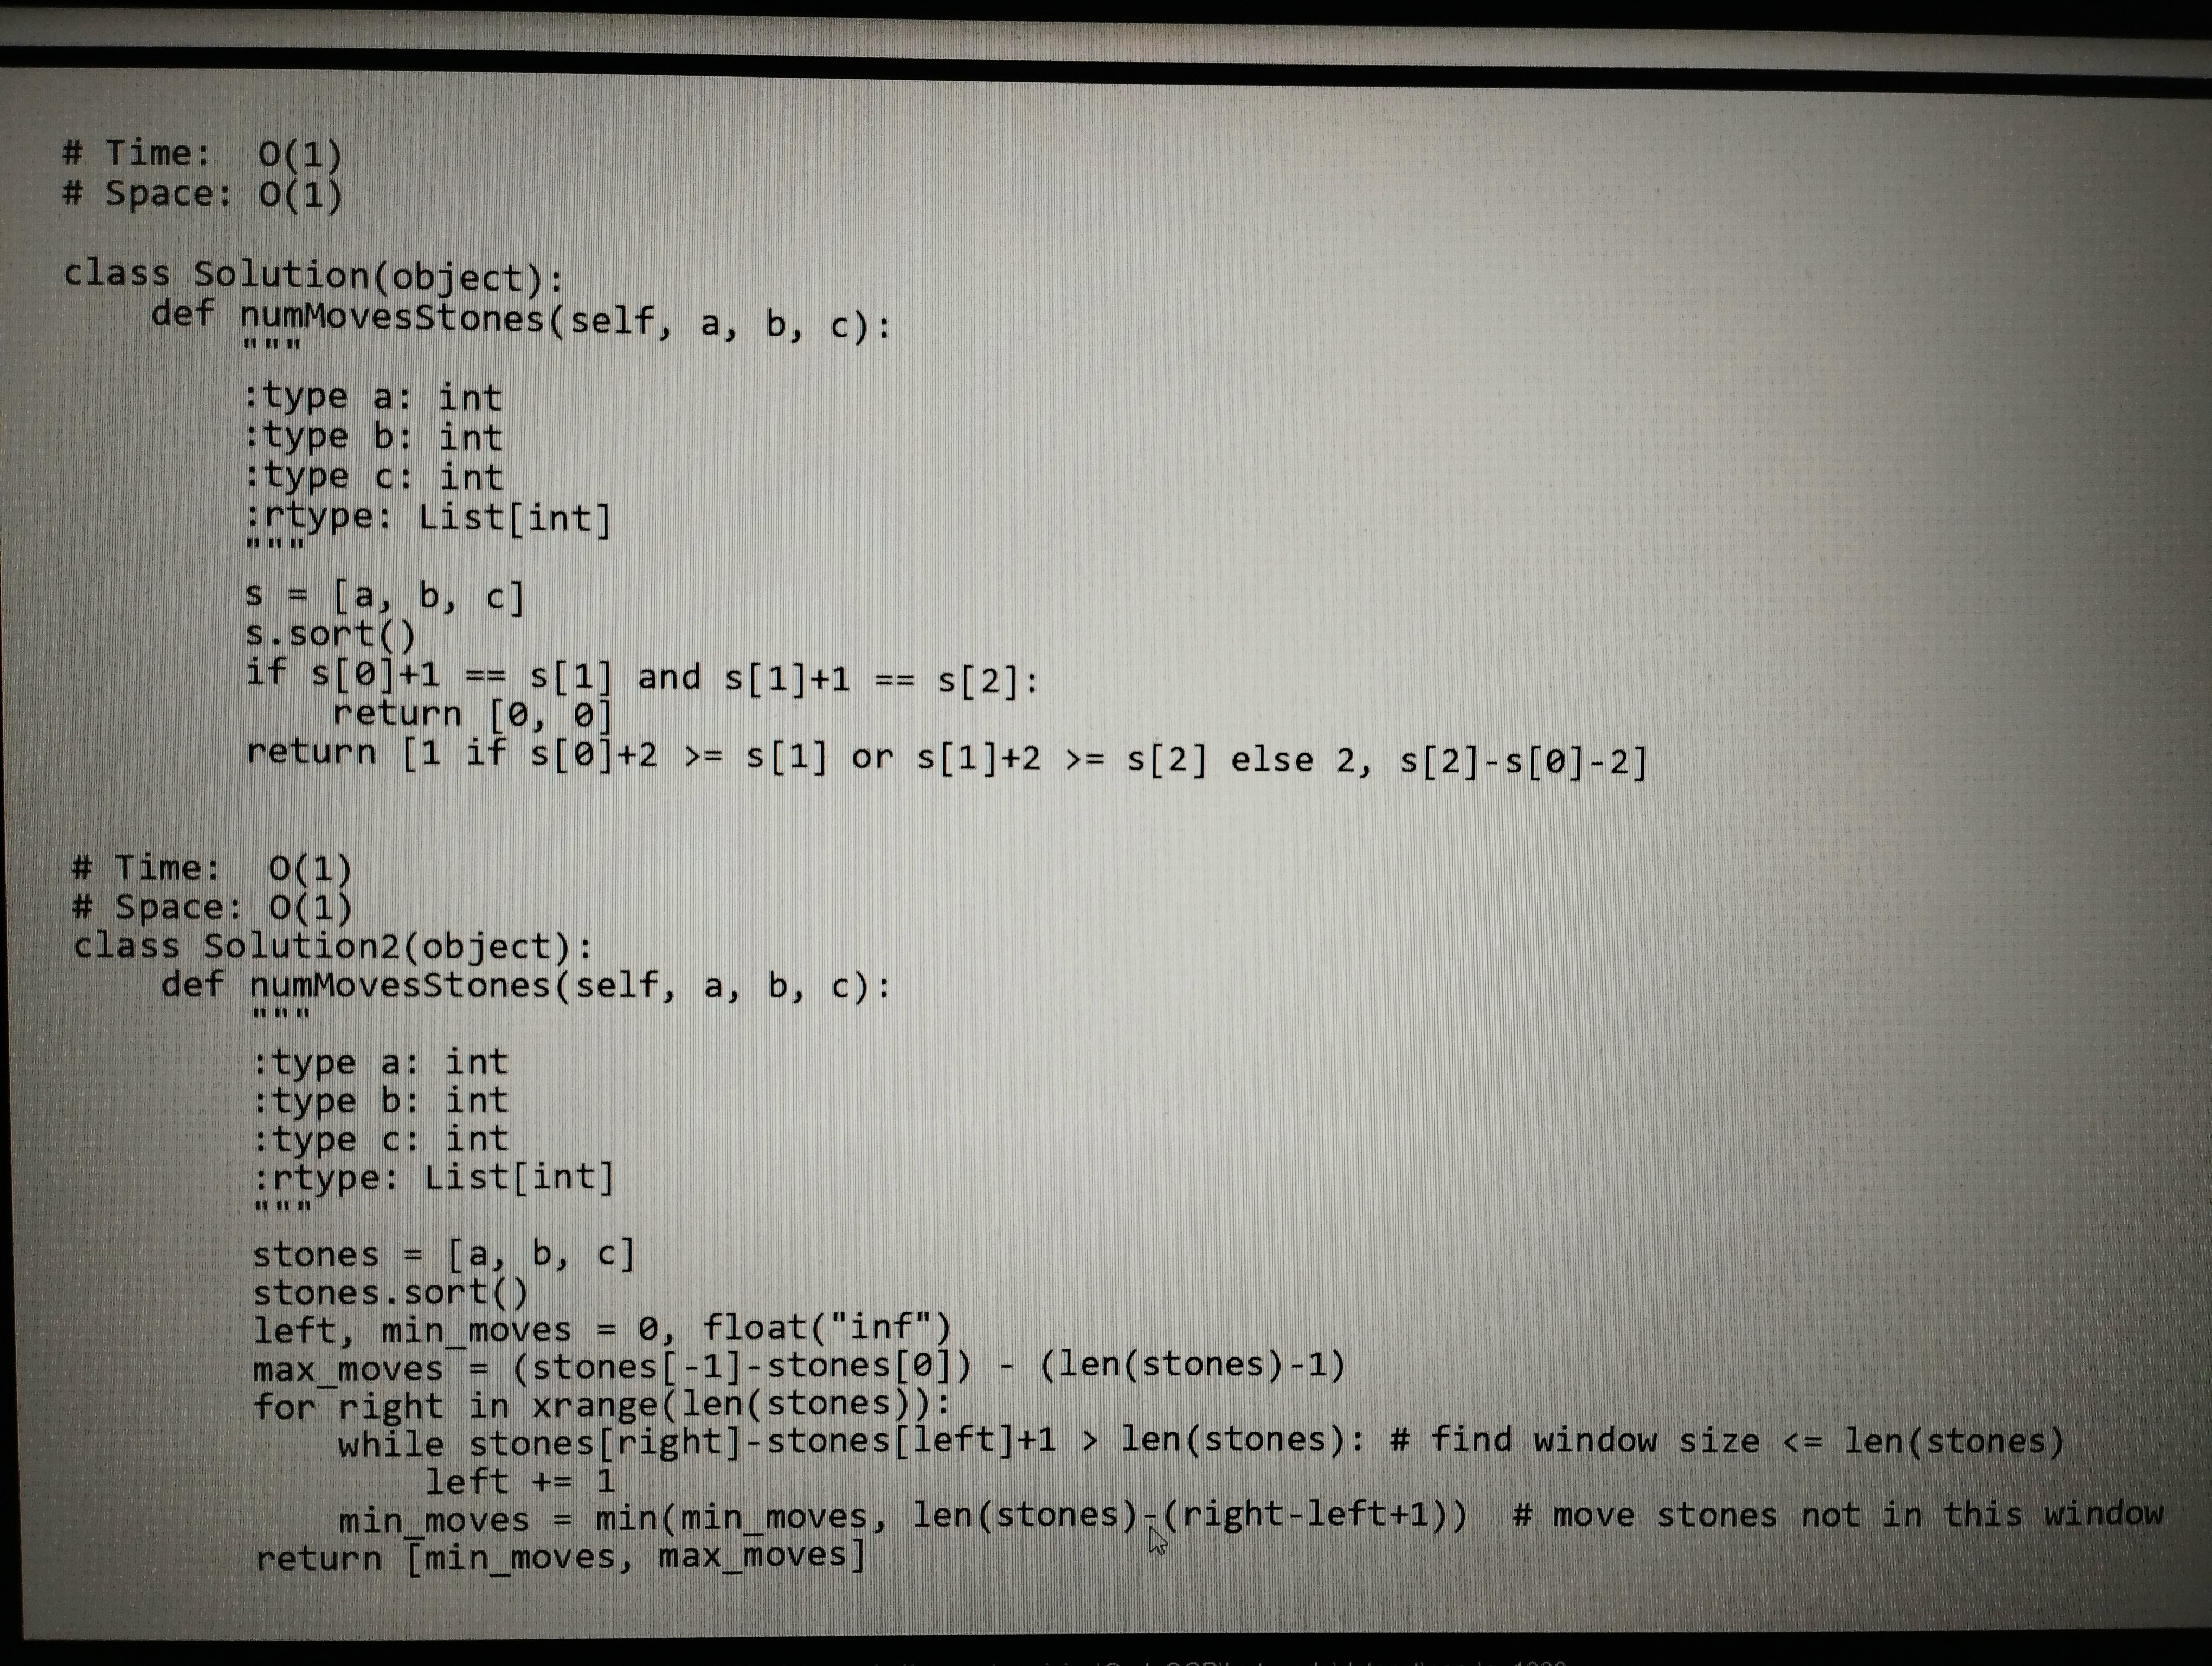
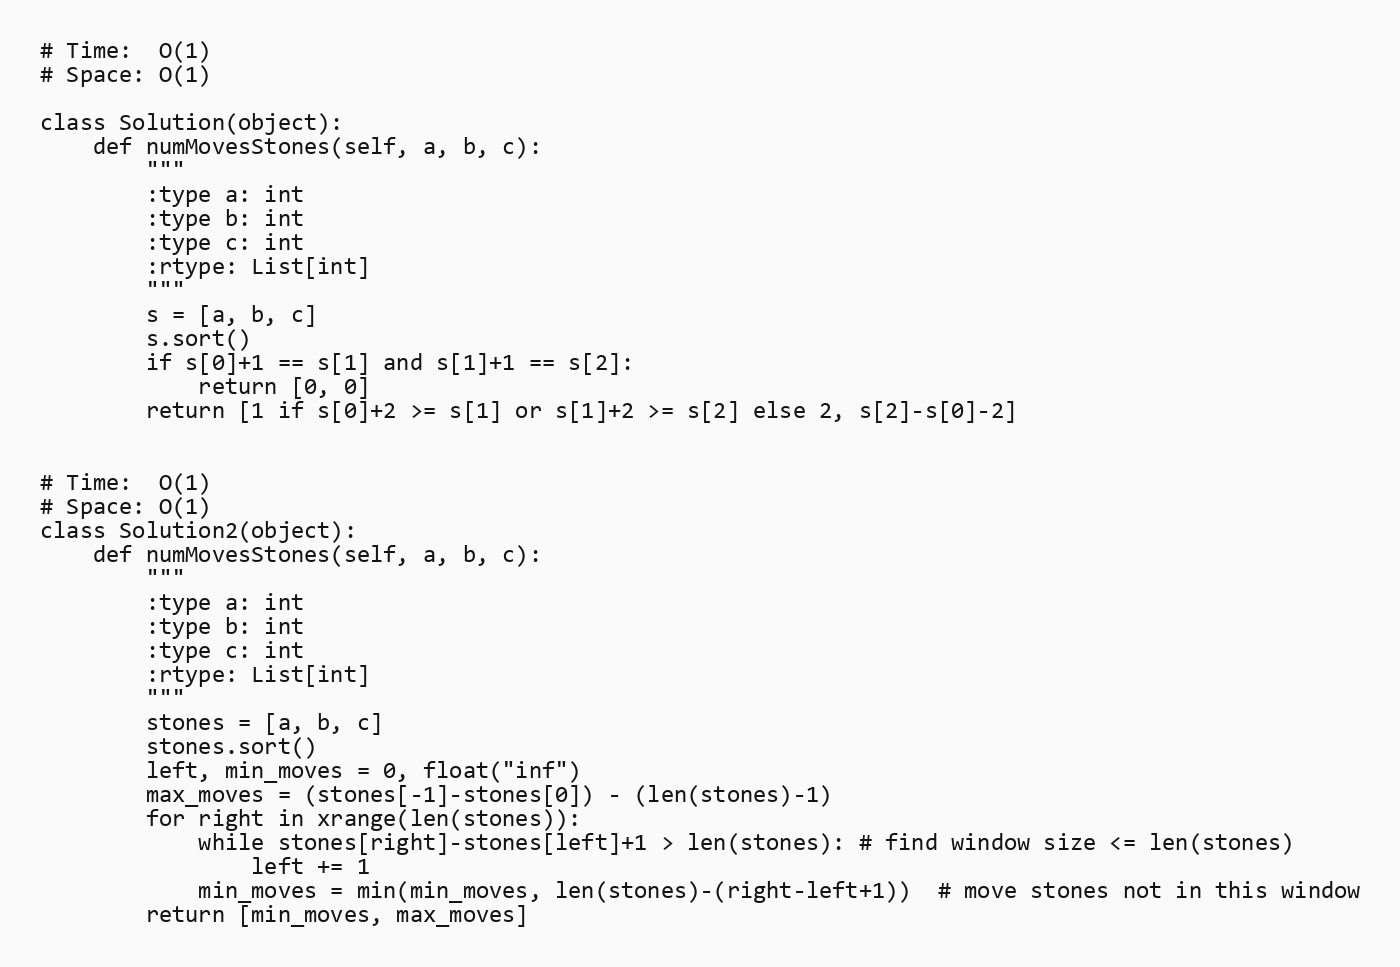
# Time:  O(1)
# Space: O(1)

class Solution(object):
    def numMovesStones(self, a, b, c):
        """
        :type a: int
        :type b: int
        :type c: int
        :rtype: List[int]
        """
        s = [a, b, c]
        s.sort()
        if s[0]+1 == s[1] and s[1]+1 == s[2]:
            return [0, 0]
        return [1 if s[0]+2 >= s[1] or s[1]+2 >= s[2] else 2, s[2]-s[0]-2]

# Time:  O(1)
# Space: O(1)
class Solution2(object):
    def numMovesStones(self, a, b, c):
        """
        :type a: int
        :type b: int
        :type c: int
        :rtype: List[int]
        """
        stones = [a, b, c]
        stones.sort()
        left, min_moves = 0, float("inf")
        max_moves = (stones[-1]-stones[0]) - (len(stones)-1)
        for right in xrange(len(stones)):
            while stones[right]-stones[left]+1 > len(stones): # find window size <= len(stones)
                left += 1
            min_moves = min(min_moves, len(stones)-(right-left+1))  # move stones not in this window
        return [min_moves, max_moves]